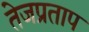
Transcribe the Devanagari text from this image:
तेजप्रताप